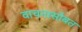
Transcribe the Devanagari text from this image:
वाचनासोबत